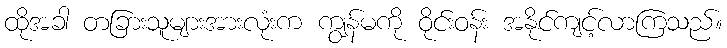
ထိုအခါ တခြားသူများအားလုံးက ကျွန်မကို ဝိုင်းဝန်း အနိုင်ကျင့်လာကြသည်။